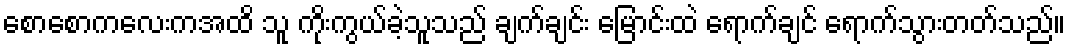
စောစောကလေးကအထိ သူ ကိုးကွယ်ခဲ့သူသည် ချက်ချင်း မြောင်းထဲ ရောက်ချင် ရောက်သွားတတ်သည်။